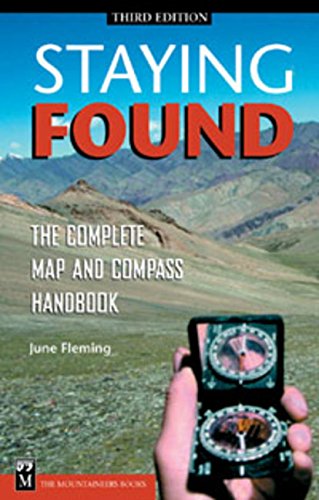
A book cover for Staying Found: The Complete Map and Compass Handbook; June Fleming; Sports & Outdoors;